Civil Veterinary Department Bihar reports 1940-50 - 1940-1950
Year: 1940
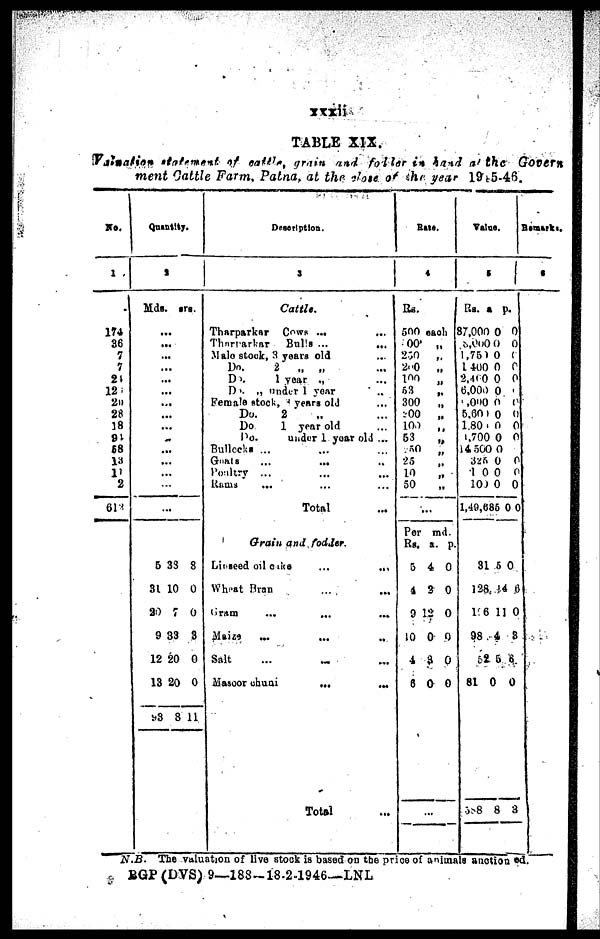
xxxii
TABLE XIX.
Valuation Statement of cattle, grain and fodder in hand at the Govern
ment Cattle Farm, Patna, at the close of the year 1945-46.
No.
1
174
86
7
7
24
121
2D
28
18
94
58
13
17
2
613
Quan
tity.
2
Mds.
......
..
..
..
..
..
...
..
..
..
...
...
...
...
.
5
31
20
9
12
13
93
srs
.
.
.
.
.
.
.
.
..
33
10
7
83
20
20
8
.
8
0
0
3
0
0
11
Description.
3
Cattle.
Tharparkar Cows ... ...
Tharparkar
Bulls ... ...
Male stock, 3 years old ...
Do.
2
„ „ ...
Do.
1 year „
Do. „ under 1 year ..
Female stock, 8 year old ...
Do.
2 „ ...
Do
1 year old ...
Do.
under 1 year old ...
Bullocks ... ... ...
Goats
...
...
...
Poaltry ... ... ...
Rams
... ... ...
Total ...
Grain and fodder.
Liaseed oil cake ...
...
Wheat Bran ... ...
Gram
...
...
...
Maizs ... ... ...
Salt ... ... ...
Masoor
chuni
...
...
Total ...
Bat*.
4
Rs.
500
each
00
250
260
100
53
300
200
100
53
50
25
10
50 „
.
Per
Rs.
5
4
9
10
4
8
„
„
„
„
„
„
„
„
„
„
„
„
..
m
a.
4
3
12
0
3
0
d.
p.
0
0
0
0
0
0
Value.
5
Rs.
87,000
8,000
1,750
1,400
2,460
6,000
,000
5,601
1,800
1,700
14 500
325
4 0
100
1,40,68
31
128
196
98
52
81
588
a.
0
0
0
0
0
0
0
0
0
0
0
0
0
0
5 0
5 0
14
11
4
5
0
8
p.
0
0
0
0
0
0
0
0
0
0
0
0
0
0
0
6
0
3
6
0
3
Remarks.
6
N.B. The valuation of live stock is based on the price of animals anction ed.
BGP(DVS) 9—188-18.2-1946—LNL